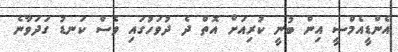
އެންޑީއެމްސީ އިން ބުނީ ކުރިއަށް އޮތް ދެ ދުވަހުގައި ވެސް ކަނޑު ގަދަވާނެ